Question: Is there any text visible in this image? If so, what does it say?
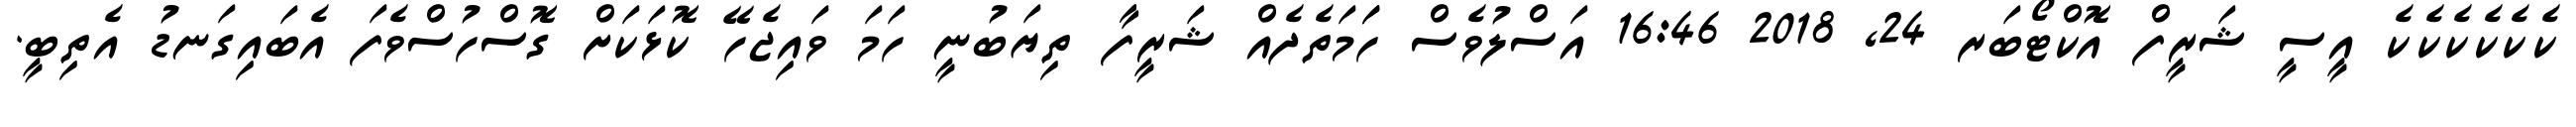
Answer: ކެކެކެކެކެކެ އީސީ ޝަރީފް އޮކްޓޯބަރ 24, 2018 16:46 އަސްލުވެސް ހަަމަތެދެއް ޝަރީފާ ތިޔަބުނީ ހަމަ ވައިޖެހޭ ކޮޅަކަށް ގޮސްހުސްވެފަ އެބައިގަނޑު އެތިބީ.